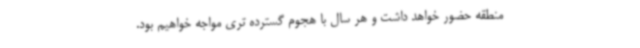
منطقه حضور خواهد داشت و هر سال با هجوم گسترده تری مواجه خواهیم بود.